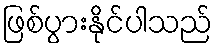
ဖြစ်ပွားနိုင်ပါသည်